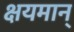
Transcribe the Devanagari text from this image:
क्षयमान्